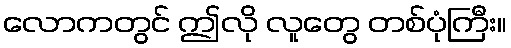
လောကတွင် ဤလို လူတွေ တစ်ပုံကြီး။